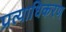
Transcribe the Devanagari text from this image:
प्रत्याधिकरण